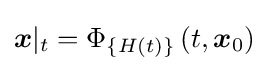
{\boldsymbol {x}}|_{t}=\Phi _{\{H(t)\}}\left(t,{{\boldsymbol {x}}_{0}}\right)